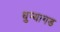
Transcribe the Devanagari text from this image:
धुम्यागड